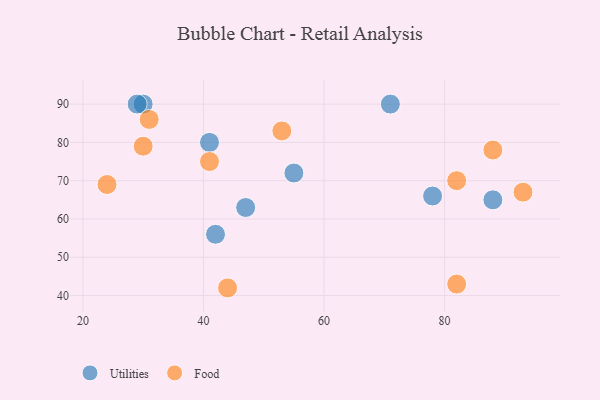
{"axis": {"x": "GDP", "y": "Life Expectancy"}, "legend": ["Food", "Utilities"], "data": [{"x": "78", "y": 66, "type": "Utilities"}, {"x": "55", "y": 72, "type": "Utilities"}, {"x": "30", "y": 90, "type": "Utilities"}, {"x": "71", "y": 90, "type": "Utilities"}, {"x": "41", "y": 80, "type": "Utilities"}, {"x": "47", "y": 63, "type": "Utilities"}, {"x": "42", "y": 56, "type": "Utilities"}, {"x": "29", "y": 90, "type": "Utilities"}, {"x": "88", "y": 65, "type": "Utilities"}, {"x": "31", "y": 86, "type": "Food"}, {"x": "53", "y": 83, "type": "Food"}, {"x": "41", "y": 75, "type": "Food"}, {"x": "82", "y": 70, "type": "Food"}, {"x": "82", "y": 43, "type": "Food"}, {"x": "24", "y": 69, "type": "Food"}, {"x": "93", "y": 67, "type": "Food"}, {"x": "44", "y": 42, "type": "Food"}, {"x": "30", "y": 79, "type": "Food"}, {"x": "88", "y": 78, "type": "Food"}]}